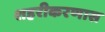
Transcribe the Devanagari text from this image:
शहरीकरणास